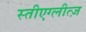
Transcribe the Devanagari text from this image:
स्तीएग्लीत्ज़